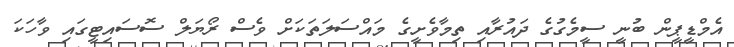
އެމްޑީޕީން ބުނީ ސީމެގުގެ ދައުރާއި ތިމާވެށީގެ މައްސަލަތަކަށް ވެސް ރޯޔަލް ސޮސައިޓީގައި ވާހަކަ